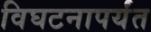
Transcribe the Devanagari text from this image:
विघटनापर्यंत